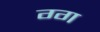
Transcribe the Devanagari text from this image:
ग्ग